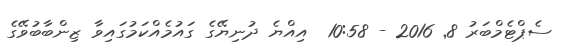
ސެޕްޓެމްބަރު 8